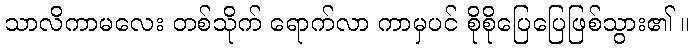
သာလိကာမလေး တစ်သိုက် ရောက်လာ ကာမှပင် စိုစိုပြေပြေဖြစ်သွား၏ ။